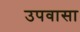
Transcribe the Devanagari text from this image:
उपवासा